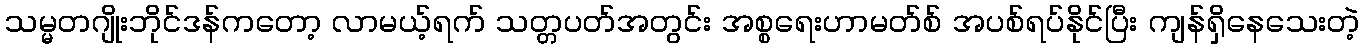
သမ္မတဂျိုးဘိုင်ဒန်ကတော့ လာမယ့်ရက် သတ္တပတ်အတွင်း အစ္စရေးဟာမတ်စ် အပစ်ရပ်နိုင်ပြီး ကျန်ရှိနေသေးတဲ့